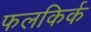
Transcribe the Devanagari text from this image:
फलकिर्क